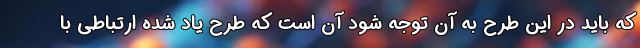
که باید در این طرح به آن توجه شود آن است که طرح یاد شده ارتباطی با